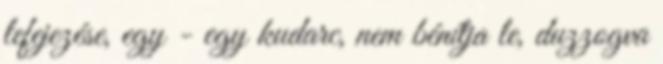
lefejezése, egy - egy kudarc, nem bénítja le, duzzogva